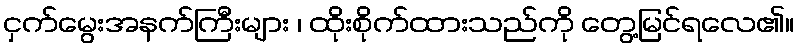
ငှက်မွေးအနက်ကြီးများ ၊ ထိုးစိုက်ထားသည်ကို တွေ့မြင်ရလေ၏။